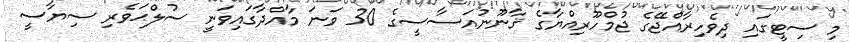
މި ސިޓީގައި ދިވެހިރާއްޖޭގެ ޖުމްހޫރިއްޔާގެ ޤާނޫނުއަސާސީގެ 30 ވަނަ މާއްދާގައިވަނީ ސުލްޙަވެރި ސިޔާސީ